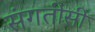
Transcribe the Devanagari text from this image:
संगतीसी